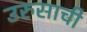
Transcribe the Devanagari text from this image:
उरुसाची